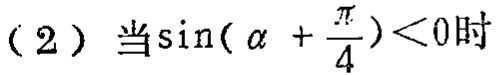
(2) 当\(\sin(\alpha + \frac{\pi}{4})<0\)时